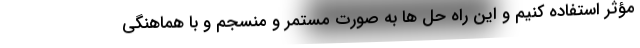
مؤثر استفاده کنیم و این راه حل ها به صورت مستمر و منسجم و با هماهنگی